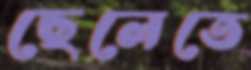
ছেলেতে